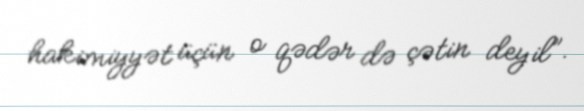
hakimiyyət üçün o qədər də çətin deyil”.